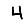
Digit: 4